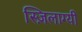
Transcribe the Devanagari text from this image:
स्ज़िलाग्यी